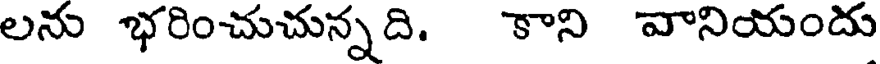
లను భరించుచున్నది. కాని వానియందు